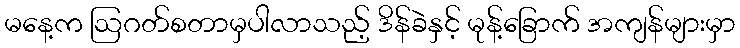
မနေ့က ဩဂတ်စတာမှပါလာသည့် ဒိန်ခဲနှင့် မုန့်ခြောက် အကျန်များမှာ